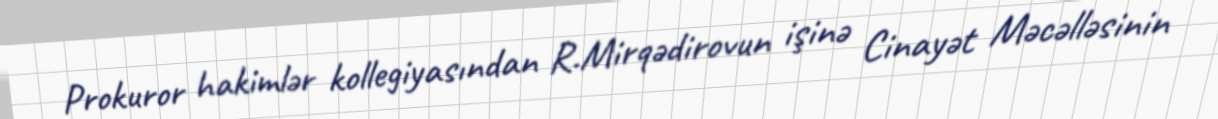
Prokuror hakimlər kollegiyasından R.Mirqədirovun işinə Cinayət Məcəlləsinin